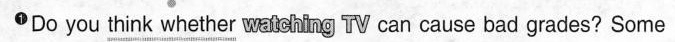
1·Do you \underline{think whether} waldhing TV can cause bad grades? Some